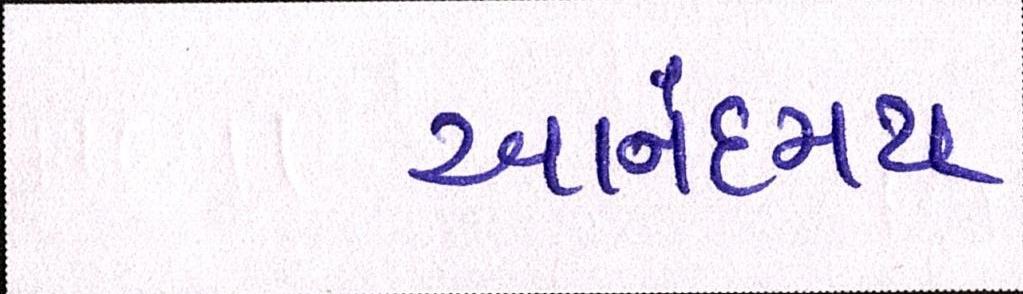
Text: આનંદમય